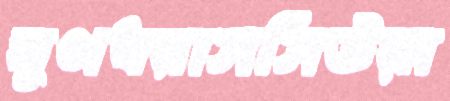
ঘুণধরাসসিউয়া